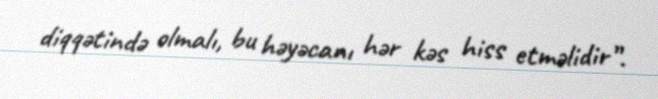
diqqətində olmalı, bu həyəcanı hər kəs hiss etməlidir”.